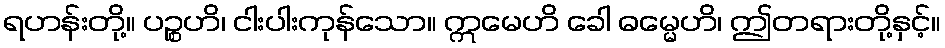
ရဟန်းတို့။ ပဉ္စဟိ၊ ငါးပါးကုန်သော။ ဣမေဟိ ခေါ ဓမ္မေဟိ၊ ဤတရားတို့နှင့်။